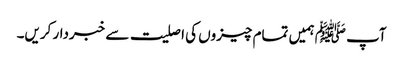
آپ ﷺ ہمیں تمام چیزوں کی اصلیت سے خبردار کریں۔